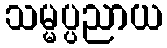
သမ္မပ္ပညာယ